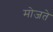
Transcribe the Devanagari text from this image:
मोजते